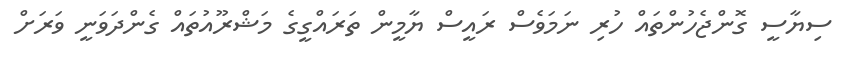
ސިޔާސީ ގޮންޖެހުންތައް ހުރި ނަމަވެސް ރައީސް ޔާމީން ތަރައްގީގެ މަޝްރޫއުތައް ގެންދަވަނީ ވަރަށް